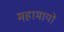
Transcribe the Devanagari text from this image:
महामायो